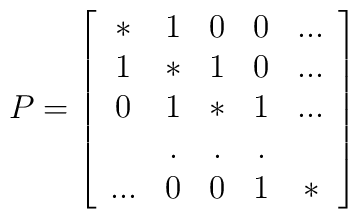
P = \left[ \begin{array}{ccccc} * & 1 & 0 & 0 & ... \\                                     1 & * & 1 & 0 & ... \\                                     0 & 1 & * & 1 & ... \\                                       & . & . & . &     \\                                    ...& 0 & 0 & 1 &  *\end{array} \right]